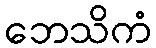
ဘေသိကံ